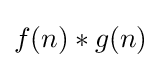
f(n)*g(n)